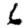
Digit: 6